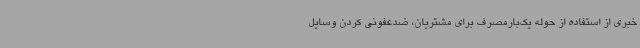
خبری از استفاده از حوله یک‌بارمصرف برای مشتریان، ضدعفونی کردن وسایل